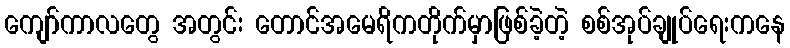
ကျော်ကာလတွေ အတွင်း တောင်အမေရိကတိုက်မှာဖြစ်ခဲ့တဲ့ စစ်အုပ်ချုပ်ရေးကနေ